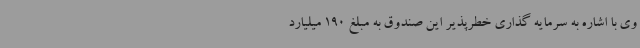
وی با اشاره به سرمایه گذاری خطرپذیر این صندوق به مبلغ 190 میلیارد